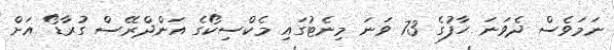
ނަމަވެސް ދެވަނަ ހާފުގެ 73 ވަނަ މިނެޓުގައި މެކްސިކޯގެ އަންދްރޭސް ގުރާޑޯ އަށް